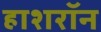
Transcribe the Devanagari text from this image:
हाशरॉन